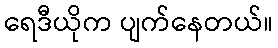
ရေဒီယိုက ပျက်နေတယ်။